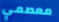
معصمي